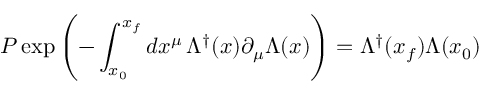
P \exp \left( - \int _ { x _ { 0 } } ^ { x _ { f } } d x ^ { \mu } \, \Lambda ^ { \dagger } ( x ) \partial _ { \mu } \Lambda ( x ) \right) = \Lambda ^ { \dagger } ( x _ { f } ) \Lambda ( x _ { 0 } )